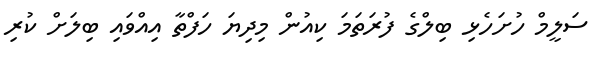
ސަލީމް ހުށަހެޅި ބިލްގެ ފުރަތަމަ ކިއުން މިދިޔަ ހަފްތާ އިއްވައި ބިލަށް ކުރި